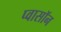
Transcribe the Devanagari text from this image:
प्वासॉन